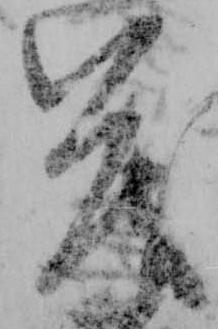
茂